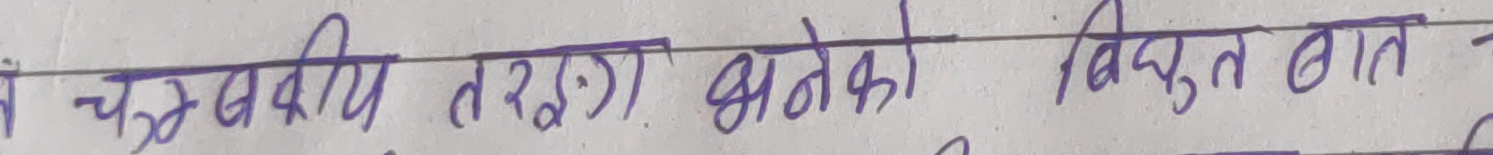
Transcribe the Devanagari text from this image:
चक्रीय तरंग भनेको विद्युत बात